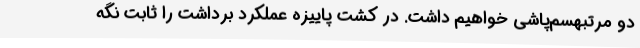
دو مرتبهسم‌پاشی خواهیم داشت. در کشت پاییزه عملکرد برداشت را ثابت نگه